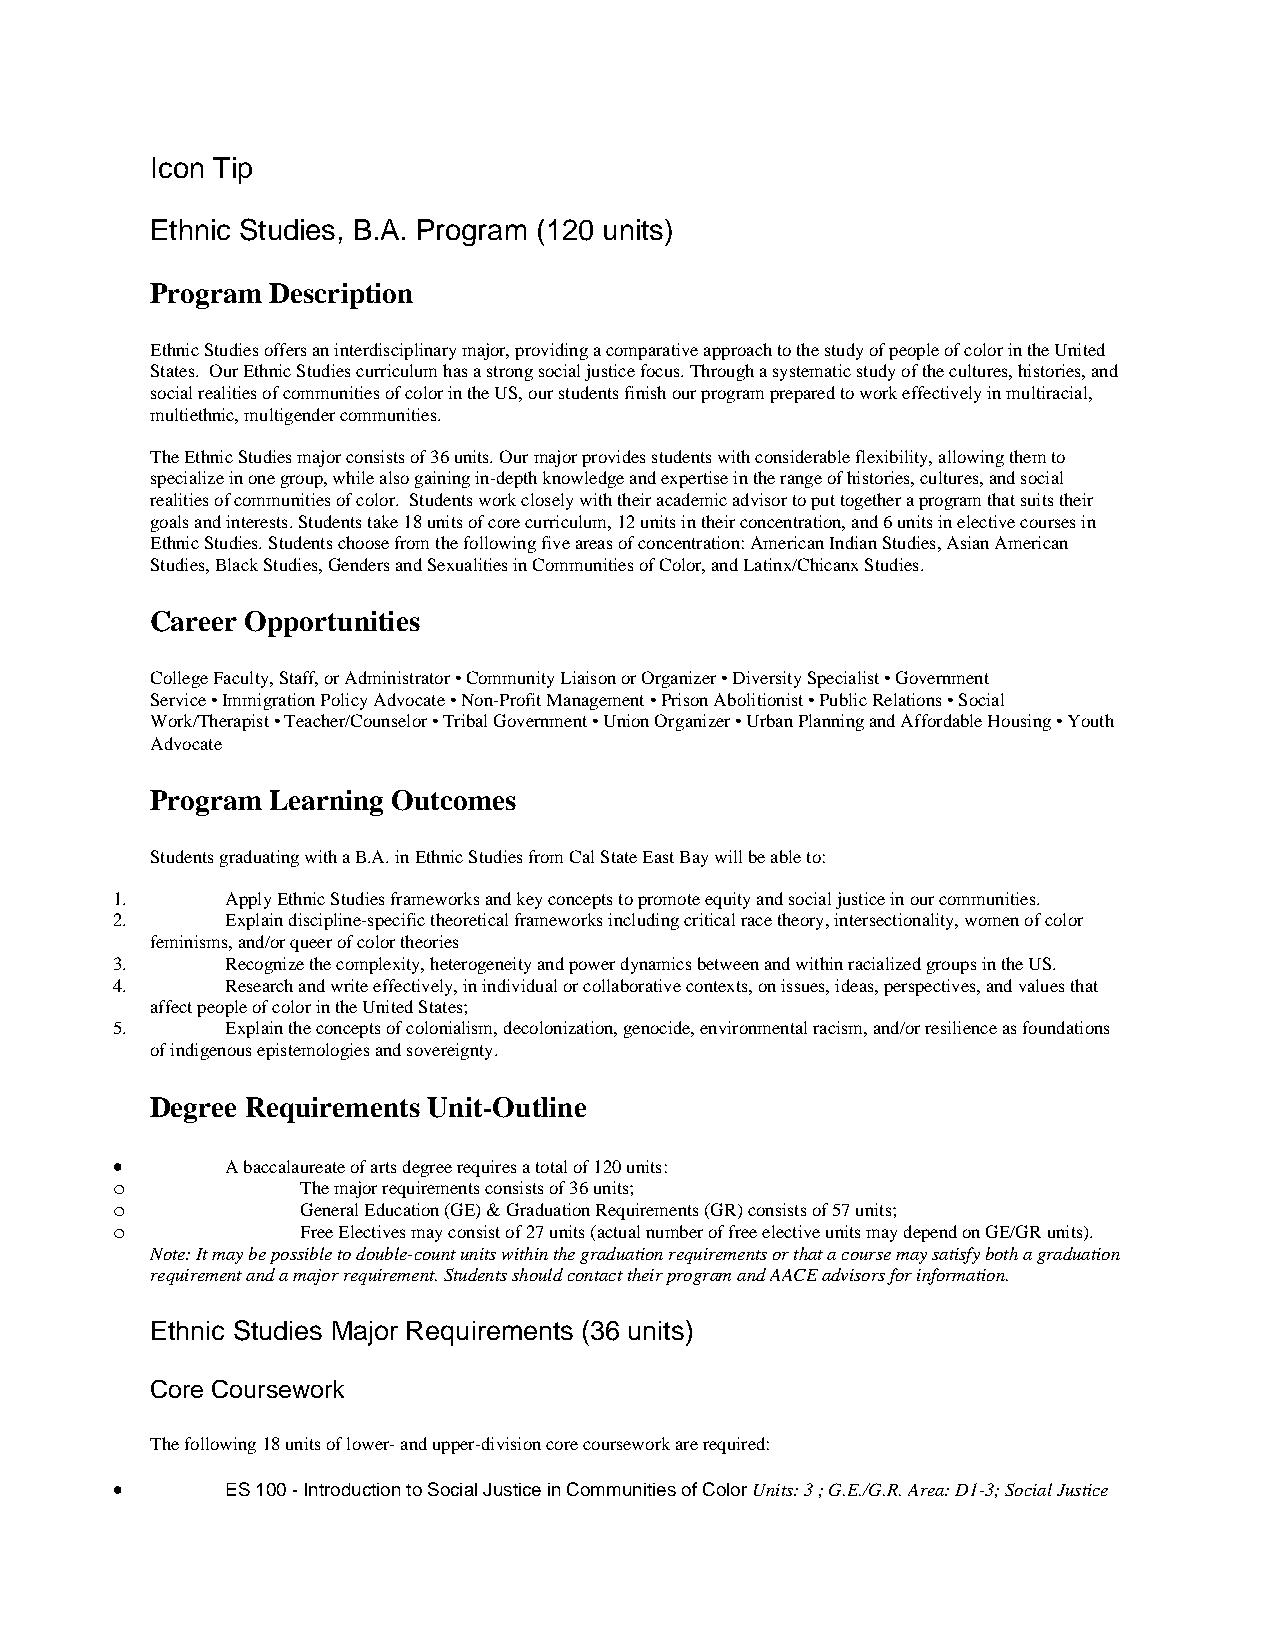
Icon Tip
 Ethnic Studies, B.A. Program (120 units)
 Program Description
 Ethnic Studies offers an interdisciplinary major, providing a comparative approach to the study of people of color in the United
 States. Our Ethnic Studies curriculum has a strong social justice focus. Through a systematic study of the cultures, histories, and
 social realities of communities of color in the US, our students finish our program prepared to work effectively in multiracial,
 multiethnic, multigender communities.
 The Ethnic Studies major consists of 36 units. Our major provides students with considerable flexibility, allowing them to
 specialize in one group, while also gaining in-depth knowledge and expertise in the range of histories, cultures, and social
 realities of communities of color. Students work closely with their academic advisor to put together a program that suits their
 goals and interests. Students take 18 units of core curriculum, 12 units in their concentration, and 6 units in elective courses in
 Ethnic Studies. Students choose from the following five areas of concentration: American Indian Studies, Asian American
 Studies, Black Studies, Genders and Sexualities in Communities of Color, and Latinx/Chicanx Studies.
 Career Opportunities
 College Faculty, Staff, or Administrator • Community Liaison or Organizer • Diversity Specialist • Government
 Service • Immigration Policy Advocate • Non-Profit Management • Prison Abolitionist • Public Relations • Social
 Work/Therapist • Teacher/Counselor • Tribal Government • Union Organizer • Urban Planning and Affordable Housing • Youth
 Advocate
 Program Learning Outcomes
 Students graduating with a B.A. in Ethnic Studies from Cal State East Bay will be able to:
 1.      Apply Ethnic Studies frameworks and key concepts to promote equity and social justice in our communities.
 2.      Explain discipline-specific theoretical frameworks including critical race theory, intersectionality, women of color
 feminisms, and/or queer of color theories
 3.      Recognize the complexity, heterogeneity and power dynamics between and within racialized groups in the US.
 4.      Research and write effectively, in individual or collaborative contexts, on issues, ideas, perspectives, and values that
 affect people of color in the United States;
 5.      Explain the concepts of colonialism, decolonization, genocide, environmental racism, and/or resilience as foundations
 of indigenous epistemologies and sovereignty.
 Degree Requirements Unit-Outline
 •       A baccalaureate of arts degree requires a total of 120 units:
 o            The major requirements consists of 36 units;
 o            General Education (GE) & Graduation Requirements (GR) consists of 57 units;
 o            Free Electives may consist of 27 units (actual number of free elective units may depend on GE/GR units).
 Note: It may be possible to double-count units within the graduation requirements or that a course may satisfy both a graduation
 requirement and a major requirement. Students should contact their program and AACE advisors for information.
 Ethnic Studies Major Requirements (36 units)
 Core Coursework
 The following 18 units of lower- and upper-division core coursework are required:
 •       ES 100 - Introduction to Social Justice in Communities of Color Units: 3 ; G.E./G.R. Area: D1-3; Social Justice